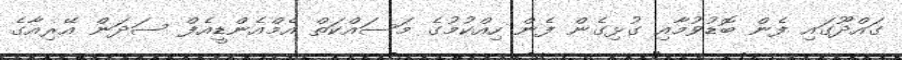
ގައްދޫގައި ފެން ބޮޑުވުމާއި ގުޅިގެން ފެން ހިއްކުމުގެ މަސައްކަތް އެމްއެންޑީއެފް ސަދަން އޭރިއާގެ